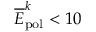
\overline { { E } } _ { \mathrm { { p o l } } } ^ { k } < 1 0